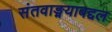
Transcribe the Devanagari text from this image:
संतवाङ्मयाबद्दल